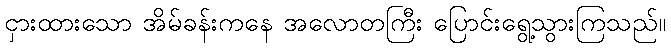
ငှားထားသော အိမ်ခန်းကနေ အလောတကြီး ပြောင်းရွေ့သွားကြသည်။